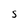
Character: S